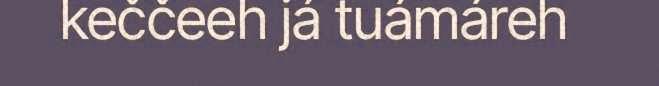
keččeeh já tuámáreh